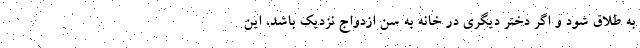
به طلاق شود و اگر دختر دیگری در خانه به سن ازدواج نزدیک باشد، این